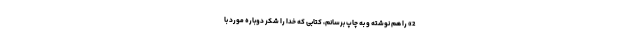
2» را هم نوشته و به چاپ برسانم، کتابی که خدا را شکر دوباره مورد با